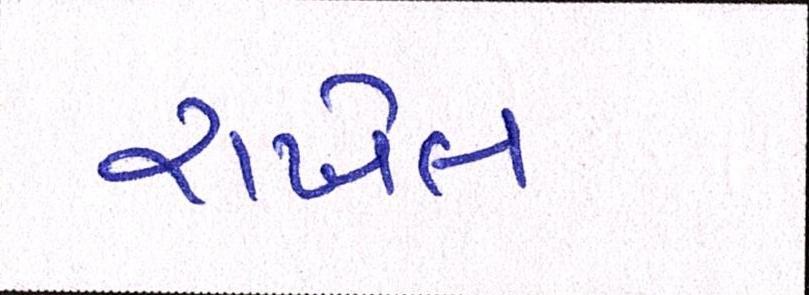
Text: રાખેલ